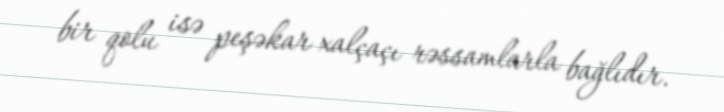
bir qolu isə peşəkar xalçaçı rəssamlarla bağlıdır.